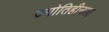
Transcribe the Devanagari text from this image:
ज्योतिहीनता